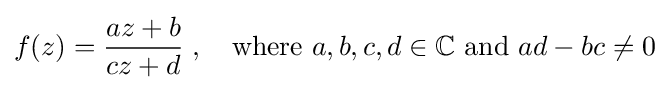
f(z)={\frac {az+b}{cz+d}}\;,\quad {\mbox{where }}a,b,c,d\in \mathbb {C} {\mbox{ and }}ad-bc\neq 0